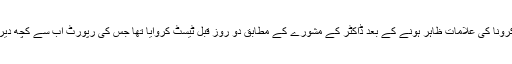
انہوں نے بتایا کہ کرونا کی علامات ظاہر ہونے کے بعد ڈاکٹر کے مشورے کے مطابق دو روز قبل ٹیسٹ کروایا تھا جس کی رپورٹ اب سے کچھ دیر قبل موصول ہوئی۔